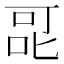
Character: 𭇷